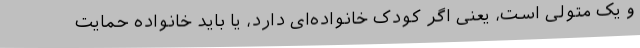
و یک متولی است، یعنی اگر کودک خانواده‌ای دارد، یا باید خانواده حمایت